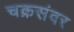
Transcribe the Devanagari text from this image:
चक्रसंवर